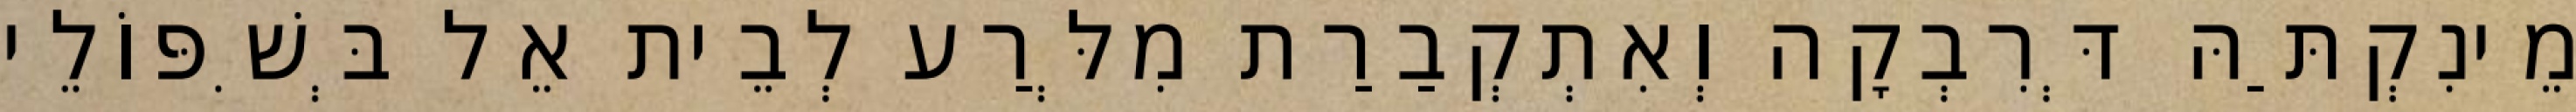
מֵינִקְתַּהּ דְּרִבְקָה וְאִתְקְבַרַת מִלְּרַע לְבֵית אֵל בְּשִׁפּוֹלֵי